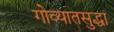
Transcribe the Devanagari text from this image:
गोव्यातसुद्धा